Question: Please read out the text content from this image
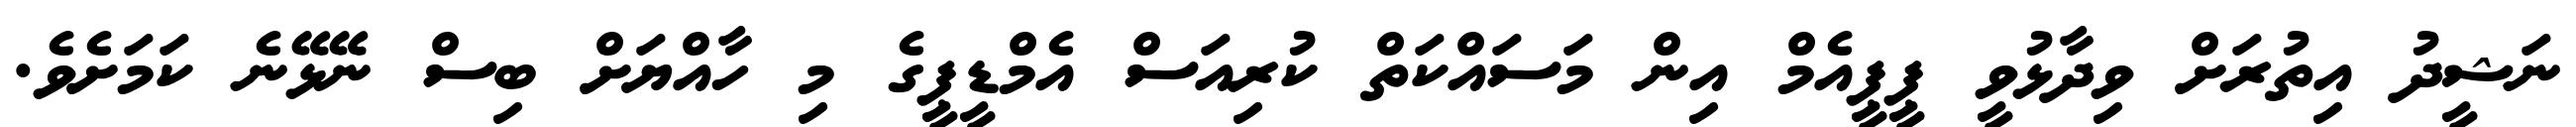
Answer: ނަޝީދު އިތުރަށް ވިދާޅުވީ ޕީޕީއެމް އިން މަސައްކަތް ކުރިއަސް އެމްޑީޕީގެ މި ހާއްޔަށް ބިސް ނޭޅޭނެ ކަމަށެވެ.